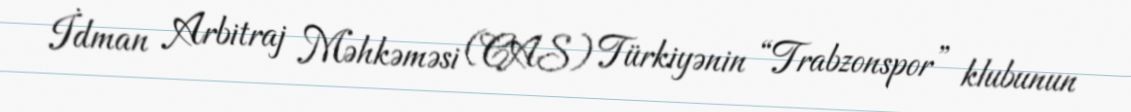
İdman Arbitraj Məhkəməsi (CAS) Türkiyənin “Trabzonspor” klubunun